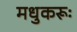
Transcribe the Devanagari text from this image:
मधुकरूः